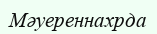
Мәуереннахрда